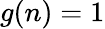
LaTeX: g(n)=1